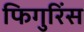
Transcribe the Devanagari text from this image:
फिगुरिंस